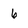
Character: 6